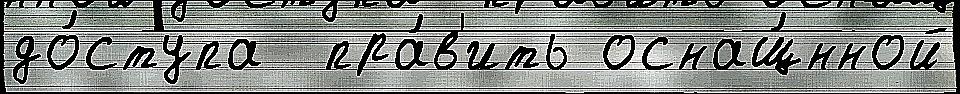
до́ступа  пра́в'ить оснащ́нной